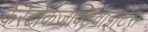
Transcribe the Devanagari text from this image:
केरेटोकंजक्टिवाइटिस